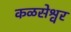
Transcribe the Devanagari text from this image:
कळसेश्वर